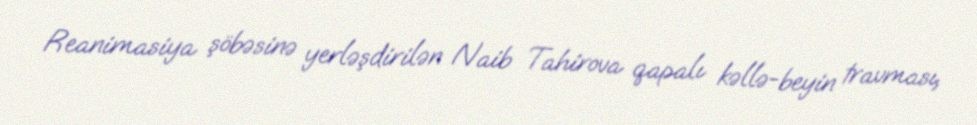
Reanimasiya şöbəsinə yerləşdirilən Naib Tahirova qapalı kəllə-beyin travması,